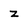
Character: z